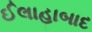
ઈલાહાબાદ